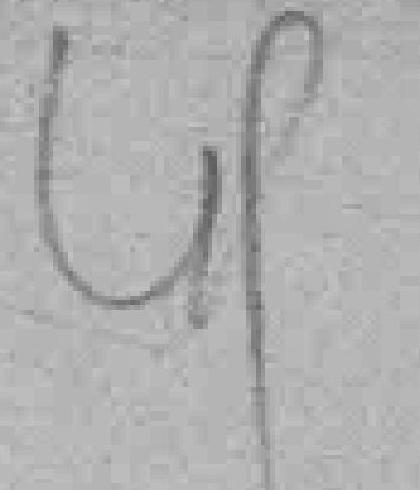
49